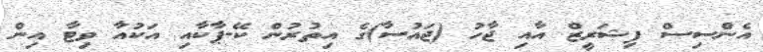
އެންސިސް ފިޝަރީޒް އާއި ޖާހު (ޖައުސާ)ގެ އިތުރުން ކޭ-ޕާކާއި އަކުއާ ވިޓާ އިން